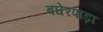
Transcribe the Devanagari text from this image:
बघेरपाड़ा